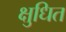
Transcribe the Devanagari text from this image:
क्षुधित